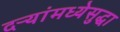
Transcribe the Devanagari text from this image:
दऱ्यांमध्येसुद्धा